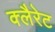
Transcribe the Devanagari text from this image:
क्लैरेट